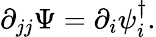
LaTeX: \partial_{jj}\Psi=\partial_{i}{\psi}_{i}^{\dagger}.